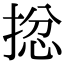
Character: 𢮈